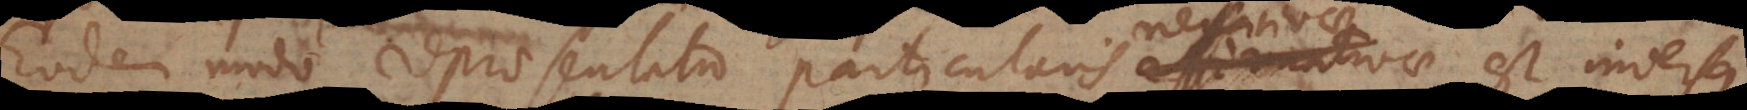
Eodem modo repraesentatio particularis negativae est inversa